画像に写った文字を読んでください
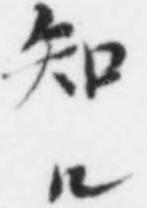
「知ル」と書いてあります